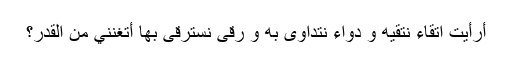
أرَأيْتَ اتّقاءً نتّقِيه و دواءً نتداوی به و رقیً نسترقی بها أتُغْنِنِيْ منَ الْقَدْر؟